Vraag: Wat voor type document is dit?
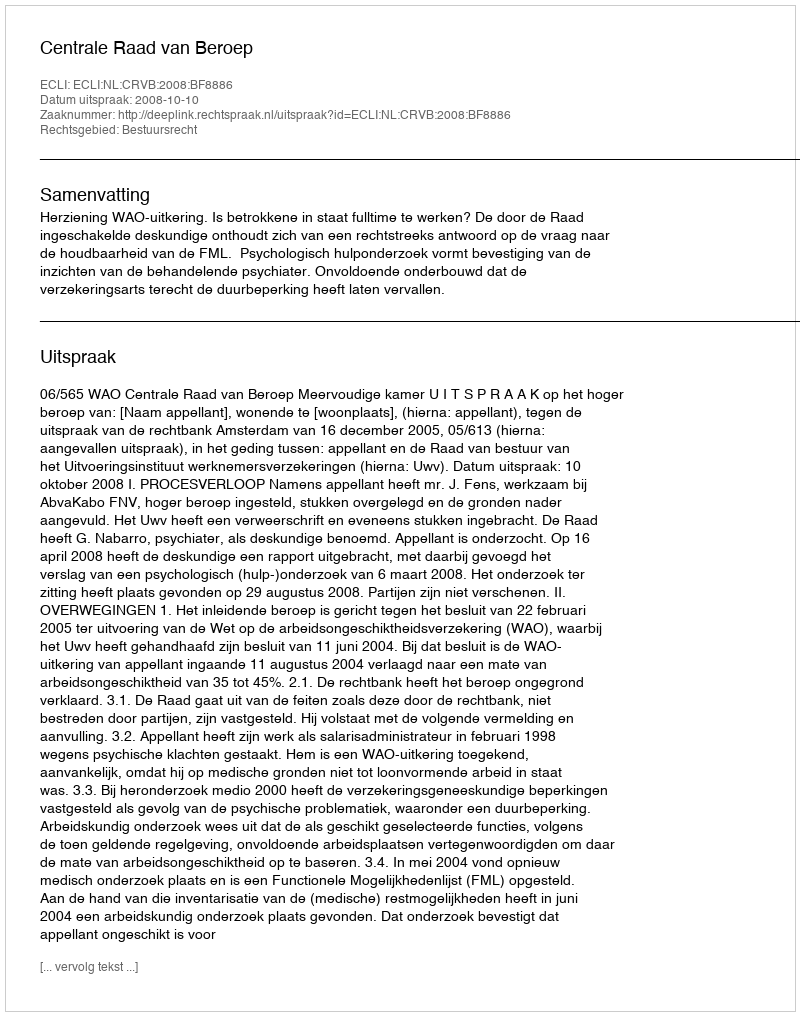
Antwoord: Uitspraak